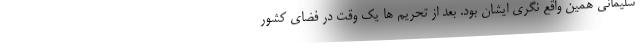
سلیمانی همین واقع نگری ایشان بود. بعد از تحریم ها یک وقت در فضای کشور